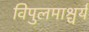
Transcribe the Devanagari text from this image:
विपुलमाश्चर्य